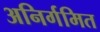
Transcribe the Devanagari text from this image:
अनिर्गमित